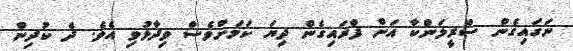
ނަގައިގެން ސްރީލަންކާ އަށް ފްރައިގެން ދިޔަ ކަމަށްވެސް ވިދާޅުވި އެވެ. ދެ ކުދިން